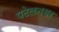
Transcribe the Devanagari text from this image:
पटेलनगर